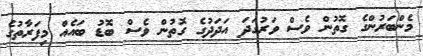
މެންބަރުންގެ ގޮތުން ވެސް ވަރުގަދަ އަދަދުގެ ގޮތުން ވެސް ބޮޑު ބައެއް މިފަރާތުގެ